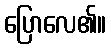
ပြောလေ၏။